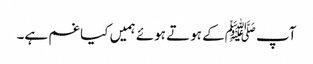
آپ ﷺکے ہوتے ہوئے ہمیں کیا غم ہے۔